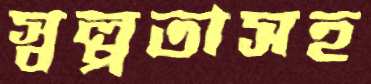
স্বল্পতাসহ